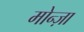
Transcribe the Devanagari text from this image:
मोन्ज़ा